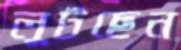
লুটছেন